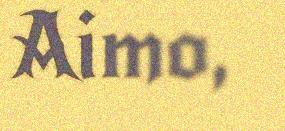
Aimo,